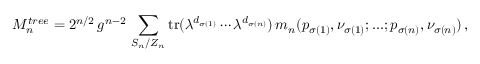
M _ { n } ^ { t r e e } = 2 ^ { n / 2 } \, g ^ { n - 2 } \, \sum _ { S _ { n } / Z _ { n } } \mathrm { t r } ( \lambda ^ { d _ { \sigma ( 1 ) } } \cdots \lambda ^ { d _ { \sigma ( n ) } } ) \, m _ { n } ( p _ { \sigma ( 1 ) } , \nu _ { \sigma ( 1 ) } ; . . . ; p _ { \sigma ( n ) } , \nu _ { \sigma ( n ) } ) \, ,